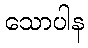
သောပါန